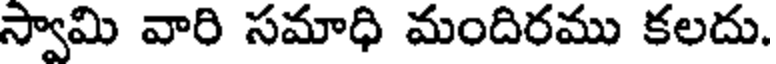
స్వామి వారి సమాధి మందిరము కలదు.